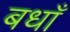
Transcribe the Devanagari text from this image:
बधाँ